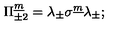
\Pi _ { \pm 2 } ^ { \underline { m } } = \lambda _ { \pm } \sigma ^ { \underline { m } } \lambda _ { \pm } ;